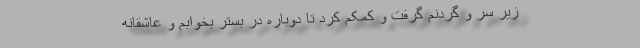
زیر سر و گردنم گرفت و کمکم کرد تا دوباره در بستر بخوابم و عاشقانه